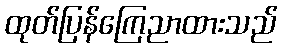
ထုတ်ပြန်ကြေညာထားသည်